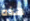
هذه